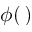
\phi ( \, )